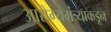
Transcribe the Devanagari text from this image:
आरोग्यमंत्र्याकडून